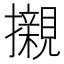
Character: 𭣋